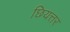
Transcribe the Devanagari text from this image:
छियत्तर